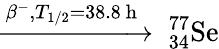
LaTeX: \xrightarrow{\beta^{-},T_{1/2}=38.8\mathrm{~h~}}\ _{34}^{77}\mathrm{Se}